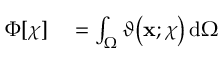
\begin{array} { r l } { \Phi [ \chi ] } & { { } = \int _ { \Omega } \vartheta \big ( \mathbf { x } ; \chi \big ) \, \mathrm { d } \Omega } \end{array}